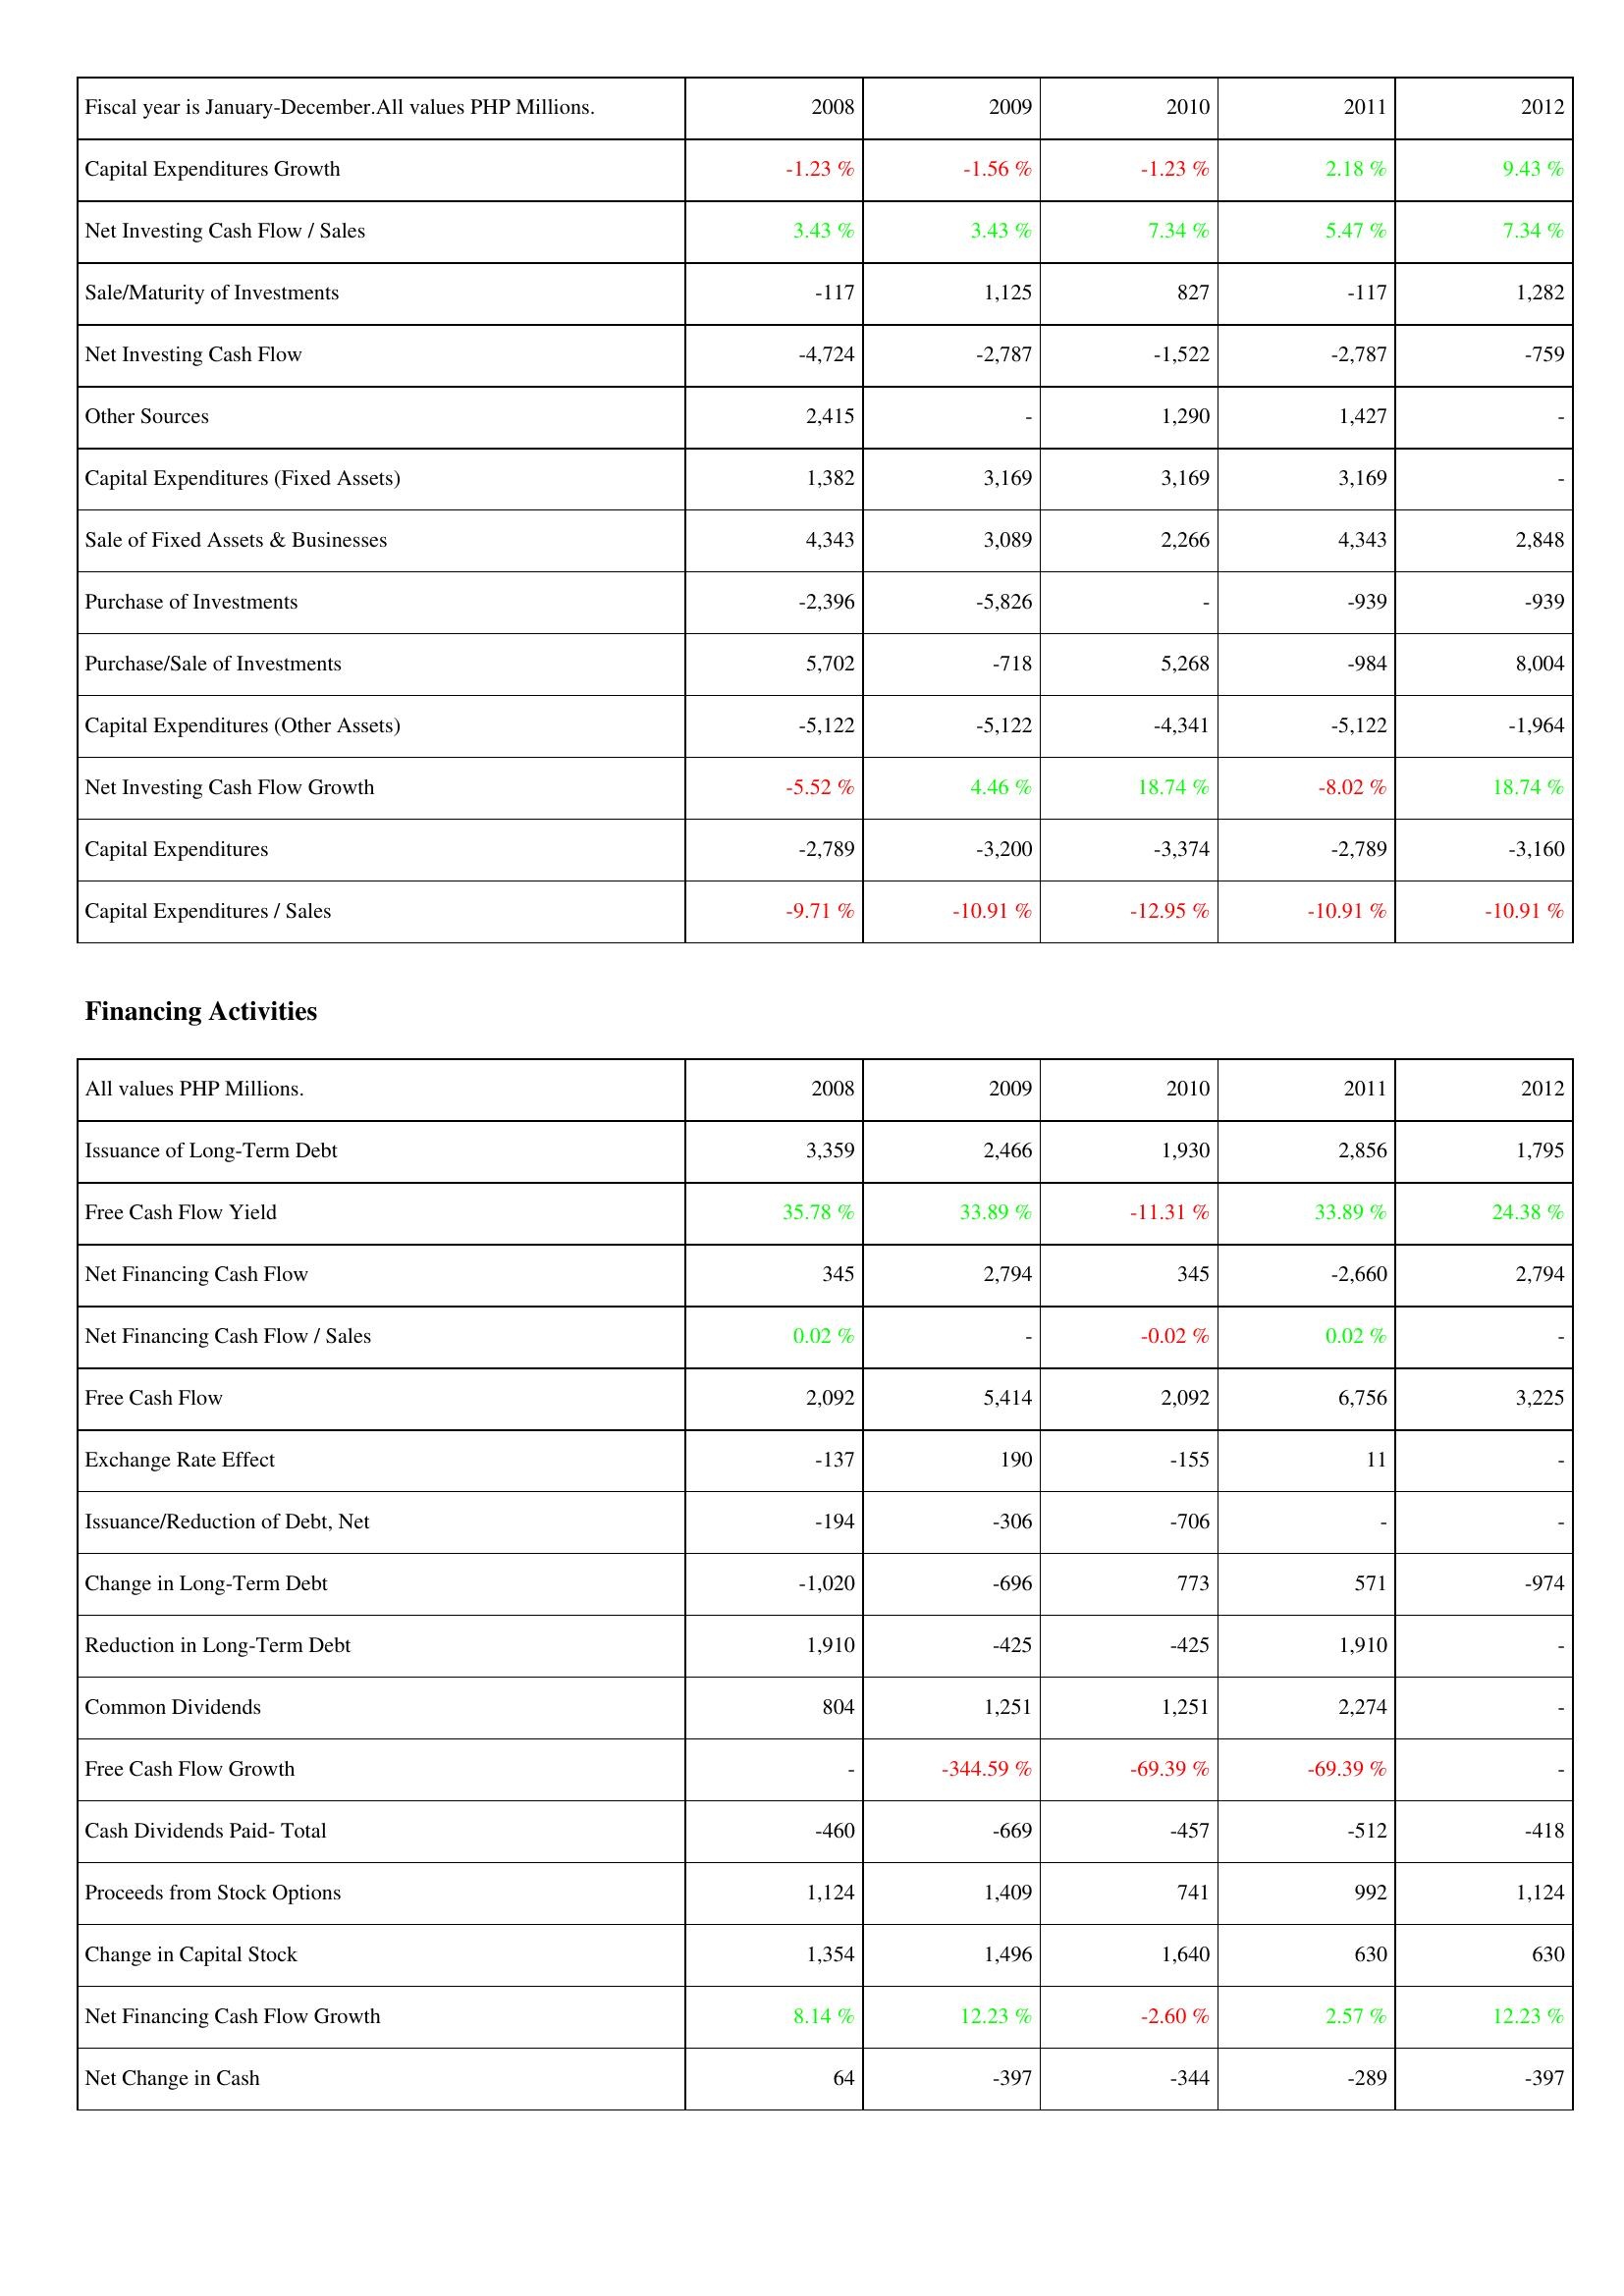
2008: Investing Activities: Capital Expenditures Growth: -1.23 %
Net Investing Cash Flow / Sales: 3.43 %
Sale/Maturity of Investments: -117
Net Investing Cash Flow: -4,724
Other Sources: 2,415
Capital Expenditures (Fixed Assets): 1,382
Sale of Fixed Assets & Businesses: 4,343
Purchase of Investments: -2,396
Purchase/Sale of Investments: 5,702
Capital Expenditures (Other Assets): -5,122
Net Investing Cash Flow Growth: -5.52 %
Capital Expenditures: -2,789
Capital Expenditures / Sales: -9.71 %
Financing Activities: Issuance of Long-Term Debt: 3,359
Free Cash Flow Yield: 35.78 %
Net Financing Cash Flow: 345
Net Financing Cash Flow / Sales: 0.02 %
Free Cash Flow: 2,092
Exchange Rate Effect: -137
Issuance/Reduction of Debt, Net: -194
Change in Long-Term Debt: -1,020
Reduction in Long-Term Debt: 1,910
Common Dividends: 804
Free Cash Flow Growth: -
Cash Dividends Paid- Total: -460
Proceeds from Stock Options: 1,124
Change in Capital Stock: 1,354
Net Financing Cash Flow Growth: 8.14 %
Net Change in Cash: 64
2009: Investing Activities: Capital Expenditures Growth: -1.56 %
Net Investing Cash Flow / Sales: 3.43 %
Sale/Maturity of Investments: 1,125
Net Investing Cash Flow: -2,787
Other Sources: -
Capital Expenditures (Fixed Assets): 3,169
Sale of Fixed Assets & Businesses: 3,089
Purchase of Investments: -5,826
Purchase/Sale of Investments: -718
Capital Expenditures (Other Assets): -5,122
Net Investing Cash Flow Growth: 4.46 %
Capital Expenditures: -3,200
Capital Expenditures / Sales: -10.91 %
Financing Activities: Issuance of Long-Term Debt: 2,466
Free Cash Flow Yield: 33.89 %
Net Financing Cash Flow: 2,794
Net Financing Cash Flow / Sales: -
Free Cash Flow: 5,414
Exchange Rate Effect: 190
Issuance/Reduction of Debt, Net: -306
Change in Long-Term Debt: -696
Reduction in Long-Term Debt: -425
Common Dividends: 1,251
Free Cash Flow Growth: -344.59 %
Cash Dividends Paid- Total: -669
Proceeds from Stock Options: 1,409
Change in Capital Stock: 1,496
Net Financing Cash Flow Growth: 12.23 %
Net Change in Cash: -397
2010: Investing Activities: Capital Expenditures Growth: -1.23 %
Net Investing Cash Flow / Sales: 7.34 %
Sale/Maturity of Investments: 827
Net Investing Cash Flow: -1,522
Other Sources: 1,290
Capital Expenditures (Fixed Assets): 3,169
Sale of Fixed Assets & Businesses: 2,266
Purchase of Investments: -
Purchase/Sale of Investments: 5,268
Capital Expenditures (Other Assets): -4,341
Net Investing Cash Flow Growth: 18.74 %
Capital Expenditures: -3,374
Capital Expenditures / Sales: -12.95 %
Financing Activities: Issuance of Long-Term Debt: 1,930
Free Cash Flow Yield: -11.31 %
Net Financing Cash Flow: 345
Net Financing Cash Flow / Sales: -0.02 %
Free Cash Flow: 2,092
Exchange Rate Effect: -155
Issuance/Reduction of Debt, Net: -706
Change in Long-Term Debt: 773
Reduction in Long-Term Debt: -425
Common Dividends: 1,251
Free Cash Flow Growth: -69.39 %
Cash Dividends Paid- Total: -457
Proceeds from Stock Options: 741
Change in Capital Stock: 1,640
Net Financing Cash Flow Growth: -2.60 %
Net Change in Cash: -344
2011: Investing Activities: Capital Expenditures Growth: 2.18 %
Net Investing Cash Flow / Sales: 5.47 %
Sale/Maturity of Investments: -117
Net Investing Cash Flow: -2,787
Other Sources: 1,427
Capital Expenditures (Fixed Assets): 3,169
Sale of Fixed Assets & Businesses: 4,343
Purchase of Investments: -939
Purchase/Sale of Investments: -984
Capital Expenditures (Other Assets): -5,122
Net Investing Cash Flow Growth: -8.02 %
Capital Expenditures: -2,789
Capital Expenditures / Sales: -10.91 %
Financing Activities: Issuance of Long-Term Debt: 2,856
Free Cash Flow Yield: 33.89 %
Net Financing Cash Flow: -2,660
Net Financing Cash Flow / Sales: 0.02 %
Free Cash Flow: 6,756
Exchange Rate Effect: 11
Issuance/Reduction of Debt, Net: -
Change in Long-Term Debt: 571
Reduction in Long-Term Debt: 1,910
Common Dividends: 2,274
Free Cash Flow Growth: -69.39 %
Cash Dividends Paid- Total: -512
Proceeds from Stock Options: 992
Change in Capital Stock: 630
Net Financing Cash Flow Growth: 2.57 %
Net Change in Cash: -289
2012: Investing Activities: Capital Expenditures Growth: 9.43 %
Net Investing Cash Flow / Sales: 7.34 %
Sale/Maturity of Investments: 1,282
Net Investing Cash Flow: -759
Other Sources: -
Capital Expenditures (Fixed Assets): -
Sale of Fixed Assets & Businesses: 2,848
Purchase of Investments: -939
Purchase/Sale of Investments: 8,004
Capital Expenditures (Other Assets): -1,964
Net Investing Cash Flow Growth: 18.74 %
Capital Expenditures: -3,160
Capital Expenditures / Sales: -10.91 %
Financing Activities: Issuance of Long-Term Debt: 1,795
Free Cash Flow Yield: 24.38 %
Net Financing Cash Flow: 2,794
Net Financing Cash Flow / Sales: -
Free Cash Flow: 3,225
Exchange Rate Effect: -
Issuance/Reduction of Debt, Net: -
Change in Long-Term Debt: -974
Reduction in Long-Term Debt: -
Common Dividends: -
Free Cash Flow Growth: -
Cash Dividends Paid- Total: -418
Proceeds from Stock Options: 1,124
Change in Capital Stock: 630
Net Financing Cash Flow Growth: 12.23 %
Net Change in Cash: -397